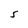
Character: 5